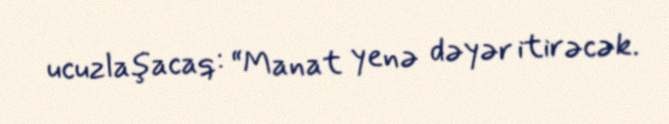
ucuzlaşacaq: “Manat yenə dəyər itirəcək.